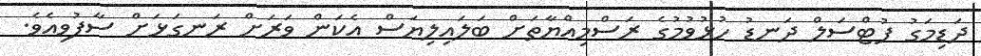
ދަޑިމަގު ފުޓްސަލް ދަނޑު ހުޅުވުމުގެ ރަސްމިއްޔާތަށް ބަލައިލިޔަސް އެކަން ވަރަށް ރަނގަޅަށް ސާފުވިއެވެ.